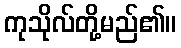
ကုသိုလ်တို့မည်၏။